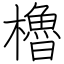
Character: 櫓